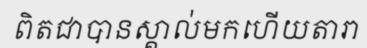
ពិតជាបានស្គាល់មកហើយតារា